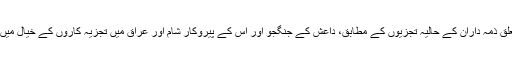
،یہاں امریکہ میں دہشت گردی کا قلع قمع کرنے سے متعلق ذمہ داران کے حالیہ تجزیوں کے مطابق، داعش کے جنگجو اور اس کے پیروکار شام اور عراق میں تجزیہ کاروں کے خیال میں اس کی ایک وجہ ان کی طویل المیعاد منصوبہ بندی ہے۔